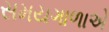
સમયગાળાએ